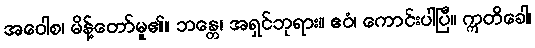
အဝေါစ၊ မိန့်တော်မူ၏။ ဘန္တေ၊ အရှင်ဘုရား။ ဧဝံ၊ ကောင်းပါပြီ။ ဣတိခေါ၊